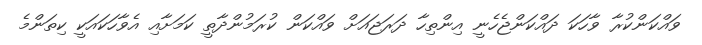
ވައްކަންކުރާ ވާހަކަ ދައްކަންޖެހެނީ އިންތިހާ ދަރަޖައަށް ވައްކަން ކުރަމުންދާތީ ކަމަށާއި އެވާހަކައަކީ ކިތަންމެ